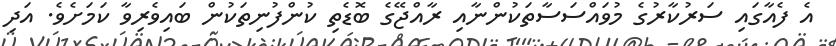
އެ ފެއާގައި ސަރުކާރުގެ މުވައްސަސާތަކުންނާއި ރާއްޖޭގެ ބޮޑެތި ކުންފުނިތަކުން ބައިވެރިވާ ކަމަށެވެ. އަދި